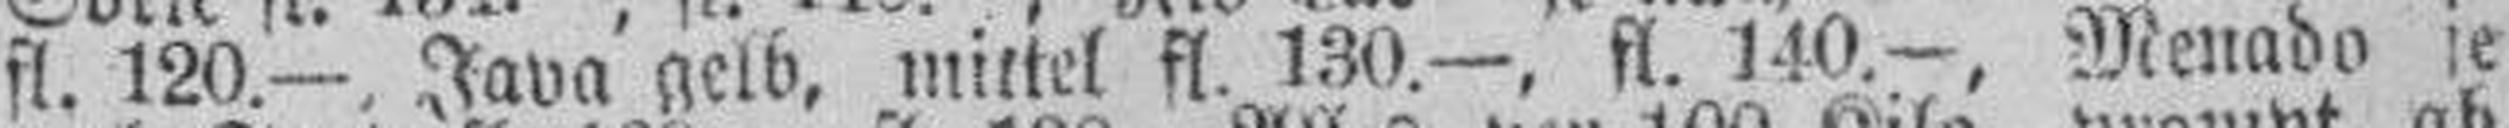
fl. 120.—. Java gelb, mittel fl. 130.—, fl. 140.—, Menado je